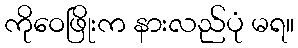
ကိုဝေဖြိုးက နားလည်ပုံ မရ။